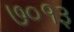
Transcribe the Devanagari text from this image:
७०१३